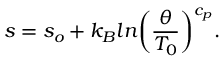
s = s _ { o } + k _ { B } l n \bigg ( { \frac { \theta } { T _ { 0 } } } \bigg ) ^ { c _ { p } } .